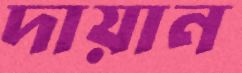
দায়ান